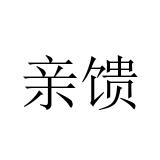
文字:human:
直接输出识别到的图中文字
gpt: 亲馈